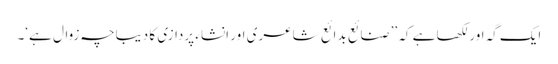
ایک گہ اور لکھا ہے کہ ’’صنائع بدائع شاعری اور انشاء پردازی کا دیباچہ زوال ہے‘۔